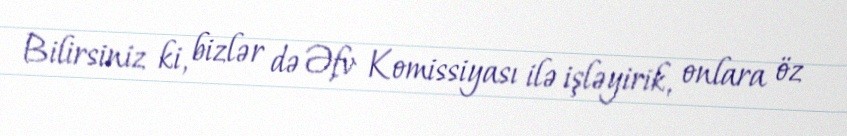
Bilirsiniz ki, bizlər də Əfv Komissiyası ilə işləyirik, onlara öz